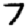
Digit: 7